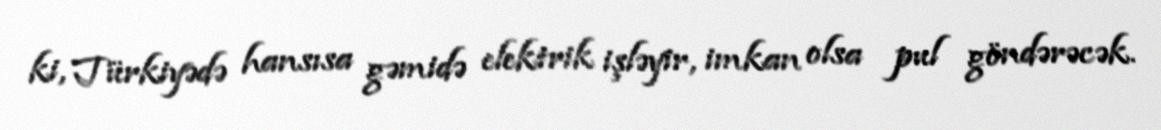
ki, Türkiyədə hansısa gəmidə elektrik işləyir, imkan olsa pul göndərəcək.